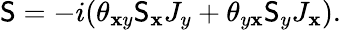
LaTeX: \mathsf{S}=-i(\theta_{\mathbf{x}y}\mathsf{S}_{\mathbf{x}}J_{y}+\theta_{y\mathbf{x}}\mathsf{S}_{y}J_{\mathbf{x}}).